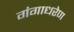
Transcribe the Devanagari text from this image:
गंगाधरेण